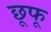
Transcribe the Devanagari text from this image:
छूफू